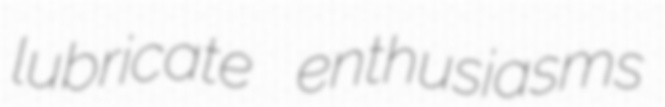
lubricate enthusiasms